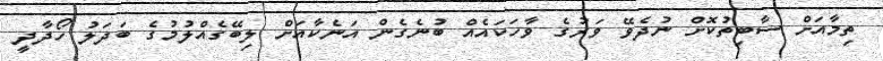
ތިމާއަށް ސާބިތުކޮށް ނުދެވޭ ވަރުގެ ވާހަކައެއް ބުނެގެން އަނެކާއަށް ލިބޭގެއްލުމުގެ ބަދަލު ހޯދާދީ